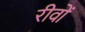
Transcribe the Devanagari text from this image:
रीवों